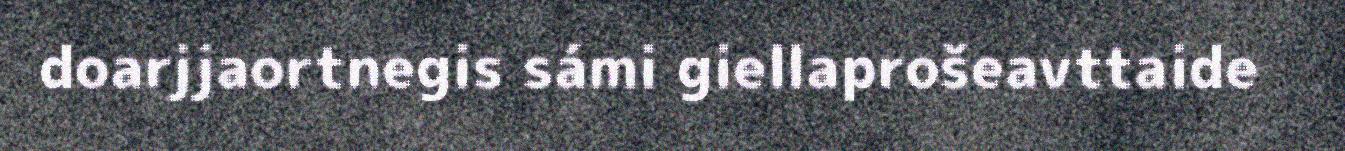
doarjjaortnegis sámi giellaprošeavttaide